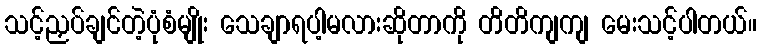
သင့်ညှပ်ချင်တဲ့ပုံစံမျိုး သေချာရပါ့မလားဆိုတာကို တိတိကျကျ မေးသင့်ပါတယ်။